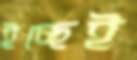
ইচ্ছেই